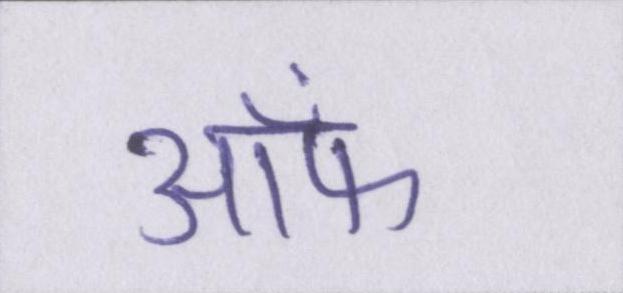
आ॓फ